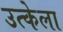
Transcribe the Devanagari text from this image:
उत्केला